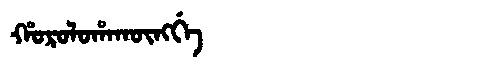
Manchu: ᡥᠣᡵᠣᠯᠣᡥᠠᡴᡡᠩᡤᡝ
Romanization: HOROLOHAKŪNGGE